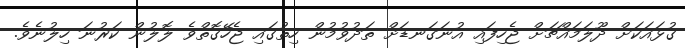
ގުޅައަކަށް ދޫލަމައްޗަށް ޖެހިފައި އުނަގަނޑަށް ތަދުވުމުން ހިތުގައި ޖެހޭގޮތްވެ ލޮލުން ކަރުނަ ހިލުނެވެ.